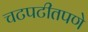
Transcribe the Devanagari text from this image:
चटपटीतपणे